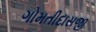
ગોમતીદાસજી